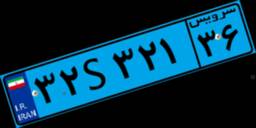
۹۶S۸۷۸۵۸